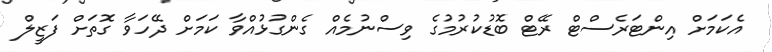
އެކަމަށް އިންޓަރެސްޓް ރޭޓް ބޮޑުކުރުމުގެ ވިސްނުމެއް ގެންގުޅުއްވާ ކަމަށް ދޭހަވާ ގޮތަށް ފަޒީލް